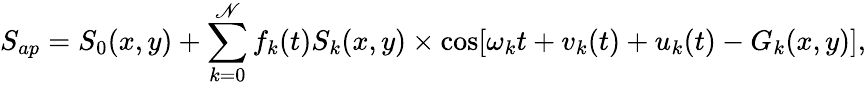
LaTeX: S_{ap}=S_{0}(x,y)+\sum_{k=0}^{\mathscr{N}}f_{k}(t)S_{k}(x,y)\times\cos[\omega_{k}t+{v}_{k}(t)+u_{k}(t)-G_{k}(x,y)],